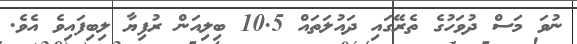
ނުވަ މަސް ދުވަހުގެ ތެރޭގައި ދައުލަތައް 10.5 ބިލިއަން ރުފިޔާ ލިބިފައިވެ އެވެ.